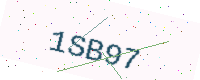
Text: 1SB97